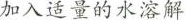
加入适量的水溶解